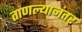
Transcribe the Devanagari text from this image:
ताणल्यानंतर